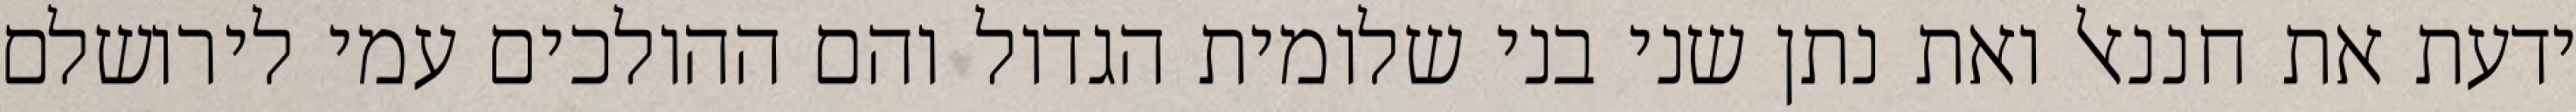
ידעת את חננאל ואת נתן שני בני שלומית הגדול והם ההולכים עמי לירושלם